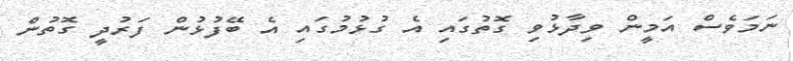
ނަމަވެސް އަމީން ވިދާޅުވި ގޮތުގައި އެ ގުޅުމުގައި އެ ބޭފުޅުން ފަރުދީ ގޮތުން